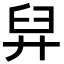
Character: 舁